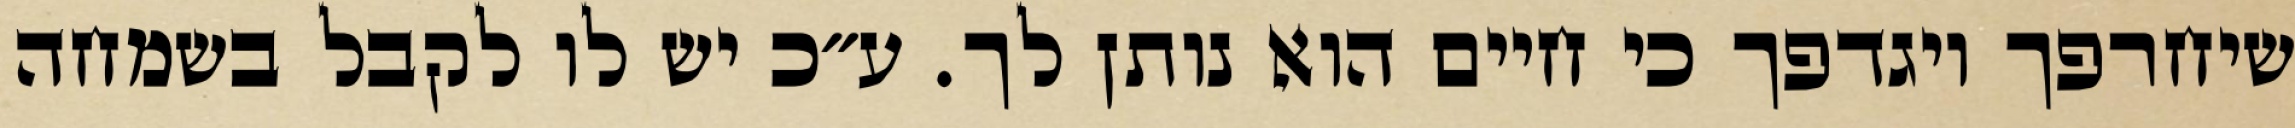
שיחרפך ויגדפך כי חיים הוא נותן לך. ע״כ יש לו לקבל בשמחה